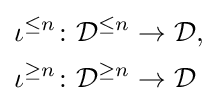
{\begin{aligned}\iota ^{\leq n}\colon &{\mathcal {D}}^{\leq n}\to {\mathcal {D}},\\\iota ^{\geq n}\colon &{\mathcal {D}}^{\geq n}\to {\mathcal {D}}\end{aligned}}